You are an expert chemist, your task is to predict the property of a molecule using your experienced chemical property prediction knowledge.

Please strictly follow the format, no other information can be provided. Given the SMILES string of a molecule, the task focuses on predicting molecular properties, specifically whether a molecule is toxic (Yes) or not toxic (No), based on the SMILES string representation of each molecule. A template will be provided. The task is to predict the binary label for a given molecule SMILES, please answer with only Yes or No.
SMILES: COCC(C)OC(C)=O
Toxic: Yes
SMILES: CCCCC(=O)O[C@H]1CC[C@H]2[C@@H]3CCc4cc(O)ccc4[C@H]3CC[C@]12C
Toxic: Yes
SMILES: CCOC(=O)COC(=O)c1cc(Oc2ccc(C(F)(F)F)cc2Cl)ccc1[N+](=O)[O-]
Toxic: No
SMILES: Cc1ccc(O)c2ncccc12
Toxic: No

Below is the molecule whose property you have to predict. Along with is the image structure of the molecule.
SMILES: C=C[C@H]1CN2CC[C@H]1C[C@H]2[C@H](O)c1ccnc2ccc(OC)cc12.C=C[C@H]1CN2CC[C@H]1C[C@H]2[C@H](O)c1ccnc2ccc(OC)cc12
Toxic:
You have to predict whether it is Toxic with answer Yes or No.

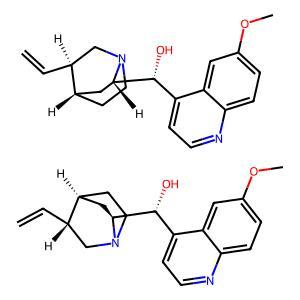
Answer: Yes